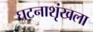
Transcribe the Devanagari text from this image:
घटनाशृंखला